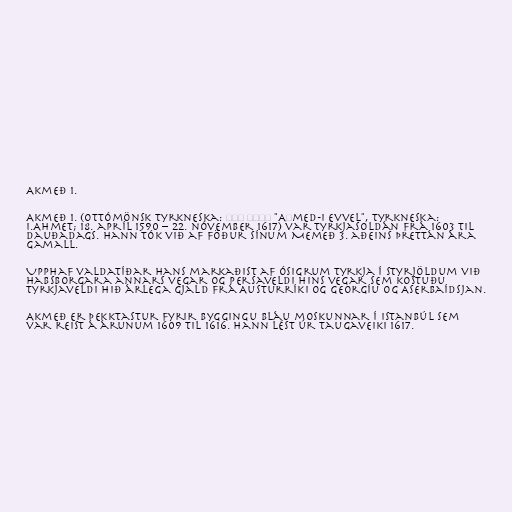
Akmeð 1.

Akmeð 1. (ottómönsk tyrkneska: احمد اول "Aḥmed-i evvel", tyrkneska:
I.Ahmet; 18. apríl 1590 – 22. nóvember 1617) var Tyrkjasoldán frá 1603 til
dauðadags. Hann tók við af föður sínum Memeð 3. aðeins þrettán ára
gamall.

Upphaf valdatíðar hans markaðist af ósigrum Tyrkja í styrjöldum við
Habsborgara annars vegar og Persaveldi hins vegar sem kostuðu
Tyrkjaveldi hið árlega gjald frá Austurríki og Georgíu og Aserbaídsjan.

Akmeð er þekktastur fyrir byggingu Bláu moskunnar í Istanbúl sem
var reist á árunum 1609 til 1616. Hann lést úr taugaveiki 1617.